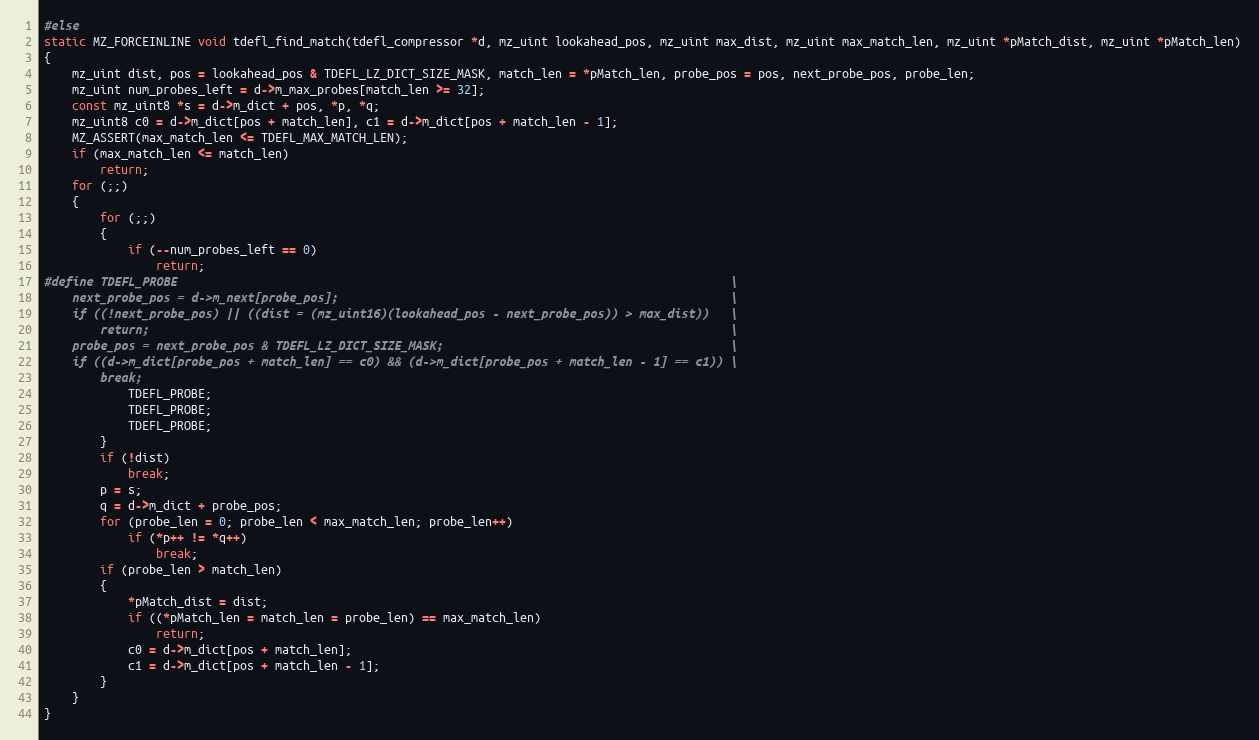
Language: C
#else
static MZ_FORCEINLINE void tdefl_find_match(tdefl_compressor *d, mz_uint lookahead_pos, mz_uint max_dist, mz_uint max_match_len, mz_uint *pMatch_dist, mz_uint *pMatch_len)
{
    mz_uint dist, pos = lookahead_pos & TDEFL_LZ_DICT_SIZE_MASK, match_len = *pMatch_len, probe_pos = pos, next_probe_pos, probe_len;
    mz_uint num_probes_left = d->m_max_probes[match_len >= 32];
    const mz_uint8 *s = d->m_dict + pos, *p, *q;
    mz_uint8 c0 = d->m_dict[pos + match_len], c1 = d->m_dict[pos + match_len - 1];
    MZ_ASSERT(max_match_len <= TDEFL_MAX_MATCH_LEN);
    if (max_match_len <= match_len)
        return;
    for (;;)
    {
        for (;;)
        {
            if (--num_probes_left == 0)
                return;
#define TDEFL_PROBE                                                                               \
    next_probe_pos = d->m_next[probe_pos];                                                        \
    if ((!next_probe_pos) || ((dist = (mz_uint16)(lookahead_pos - next_probe_pos)) > max_dist))   \
        return;                                                                                   \
    probe_pos = next_probe_pos & TDEFL_LZ_DICT_SIZE_MASK;                                         \
    if ((d->m_dict[probe_pos + match_len] == c0) && (d->m_dict[probe_pos + match_len - 1] == c1)) \
        break;
            TDEFL_PROBE;
            TDEFL_PROBE;
            TDEFL_PROBE;
        }
        if (!dist)
            break;
        p = s;
        q = d->m_dict + probe_pos;
        for (probe_len = 0; probe_len < max_match_len; probe_len++)
            if (*p++ != *q++)
                break;
        if (probe_len > match_len)
        {
            *pMatch_dist = dist;
            if ((*pMatch_len = match_len = probe_len) == max_match_len)
                return;
            c0 = d->m_dict[pos + match_len];
            c1 = d->m_dict[pos + match_len - 1];
        }
    }
}